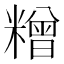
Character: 𰫓